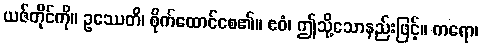
ယဇ်တိုင်ကို။ ဥဿေတိ၊ စိုက်ထောင်စေ၏။ ဧဝံ၊ ဤသို့သောနည်းဖြင့်။ ကရော၊